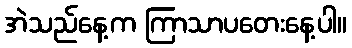
အဲသည်နေ့က ကြာသာပတေးနေ့ပါ။